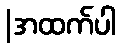
|အထက်ပါ